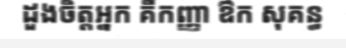
ដួងចិត្តអ្នក គឺកញ្ញា ឳក សុគន្ធ